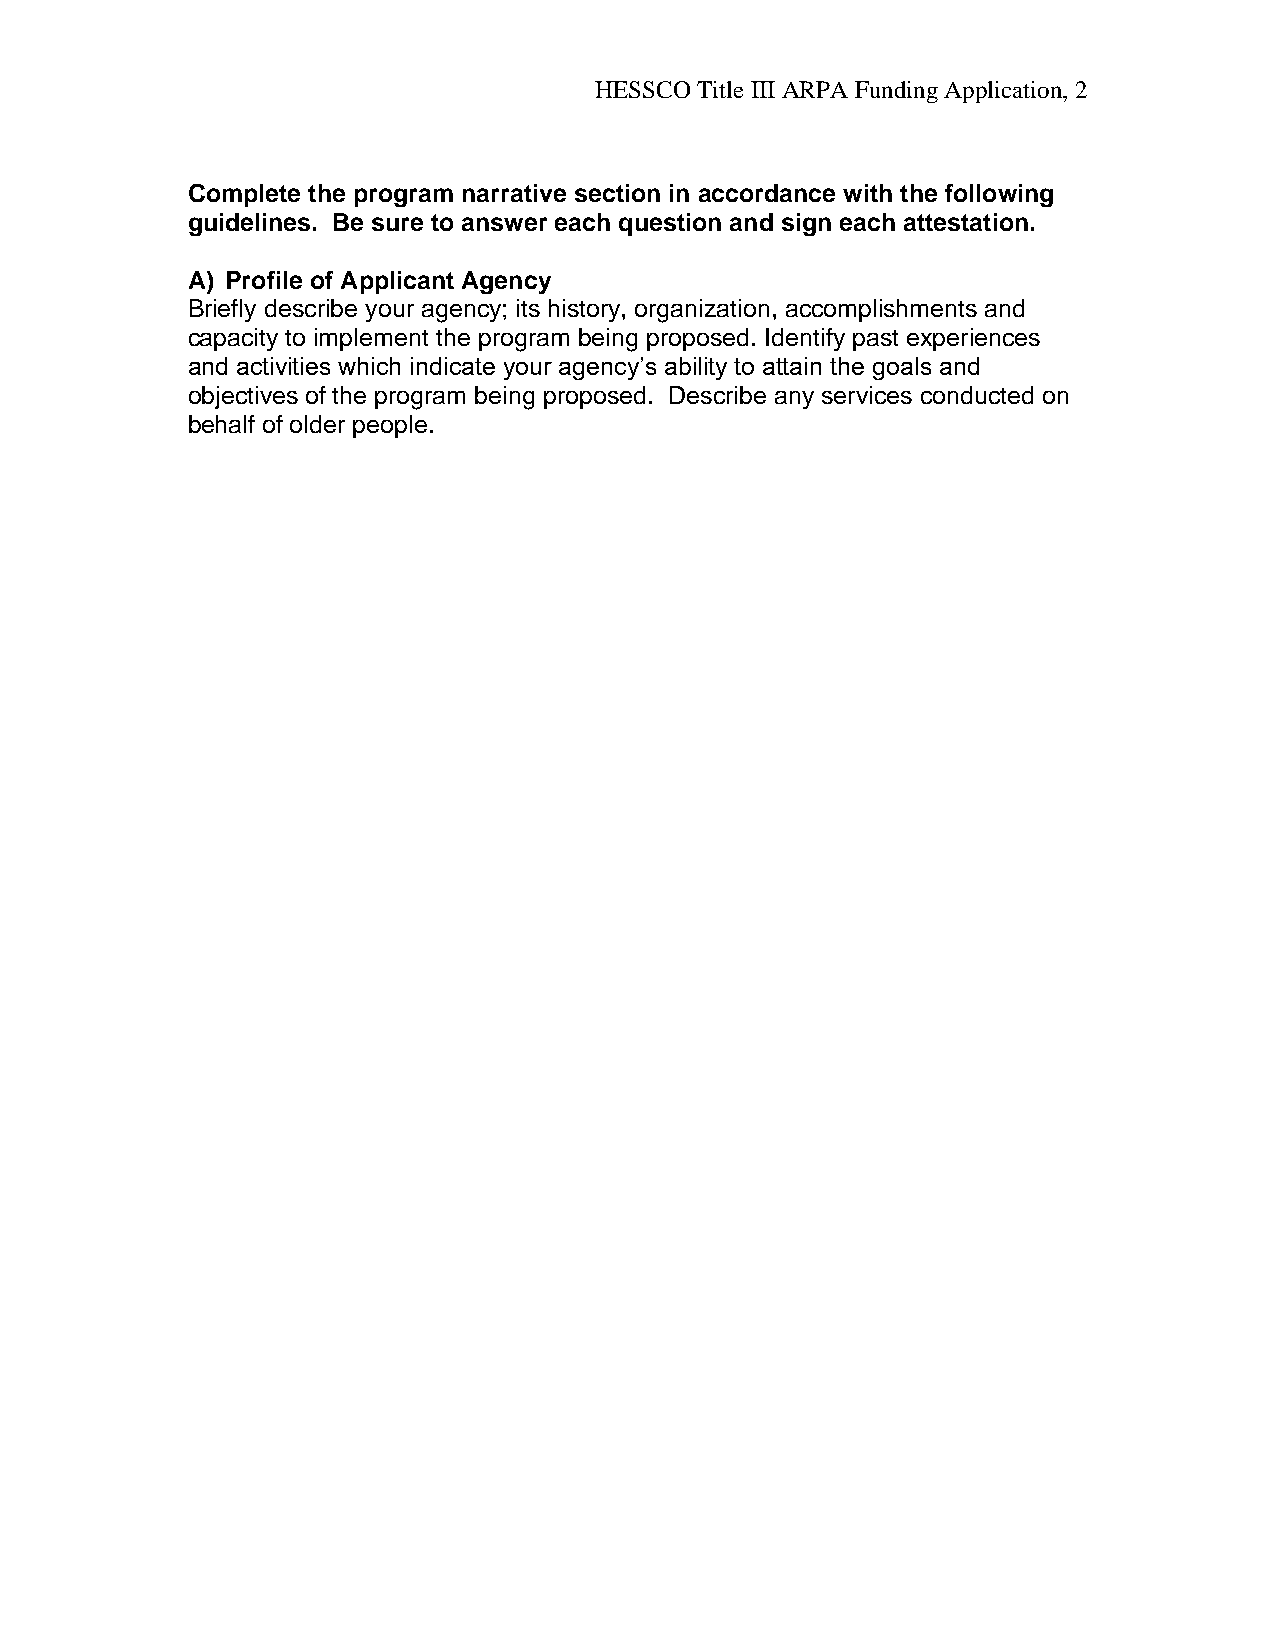
HESSCO Title III ARPA Funding Application, 2
 Complete the program narrative section in accordance with the following
 guidelines. Be sure to answer each question and sign each attestation.
 A) Profile of Applicant Agency
 Briefly describe your agency; its history, organization, accomplishments and
 capacity to implement the program being proposed. Identify past experiences
 and activities which indicate your agency’s ability to attain the goals and
 objectives of the program being proposed. Describe any services conducted on
 behalf of older people.